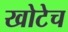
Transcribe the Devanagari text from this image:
खोटेच